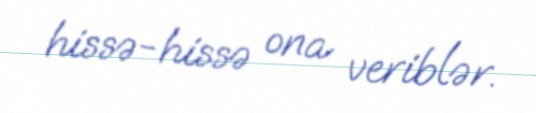
hissə-hissə ona veriblər.